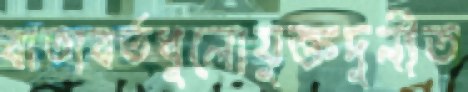
বাতাবর্তধুলোযুক্তদুর্নীত